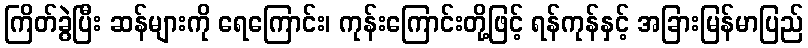
ကြိတ်ခွဲပြီး ဆန်များကို ရေကြောင်း၊ ကုန်းကြောင်းတို့ဖြင့် ရန်ကုန်နှင့် အခြားမြန်မာပြည်